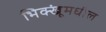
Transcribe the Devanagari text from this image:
भिक्खूंमधील